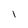
Character: I